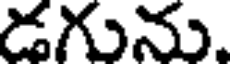
డగును.